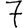
Digit: 7